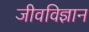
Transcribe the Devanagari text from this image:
जीवविज्ञान